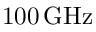
1 0 0 \, \mathrm { G H z }